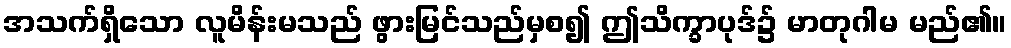
အသက်ရှိသော လူမိန်းမသည် ဖွားမြင်သည်မှစ၍ ဤသိက္ခာပုဒ်၌ မာတုဂါမ မည်၏။